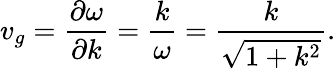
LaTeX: v_{g}=\frac{\partial\omega}{\partial k}=\frac{k}{\omega}=\frac{k}{\sqrt{1+k^{2}}}.